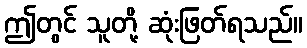
ဤတွင် သူတို့ ဆုံးဖြတ်ရသည်။